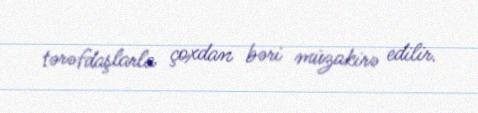
tərəfdaşlarla çoxdan bəri müzakirə edilir.